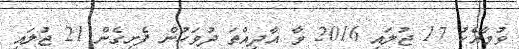
ވުމާއެކު 17 ޖުލައި 2016 ވާ އާދިއްތަ ދުވަހުން ފެށިގެން 21 ޖުލައި